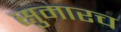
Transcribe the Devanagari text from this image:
सुमारच